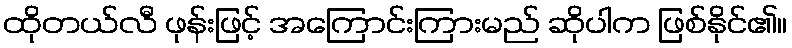
ထိုတယ်လီ ဖုန်းဖြင့် အကြောင်းကြားမည် ဆိုပါက ဖြစ်နိုင်၏။